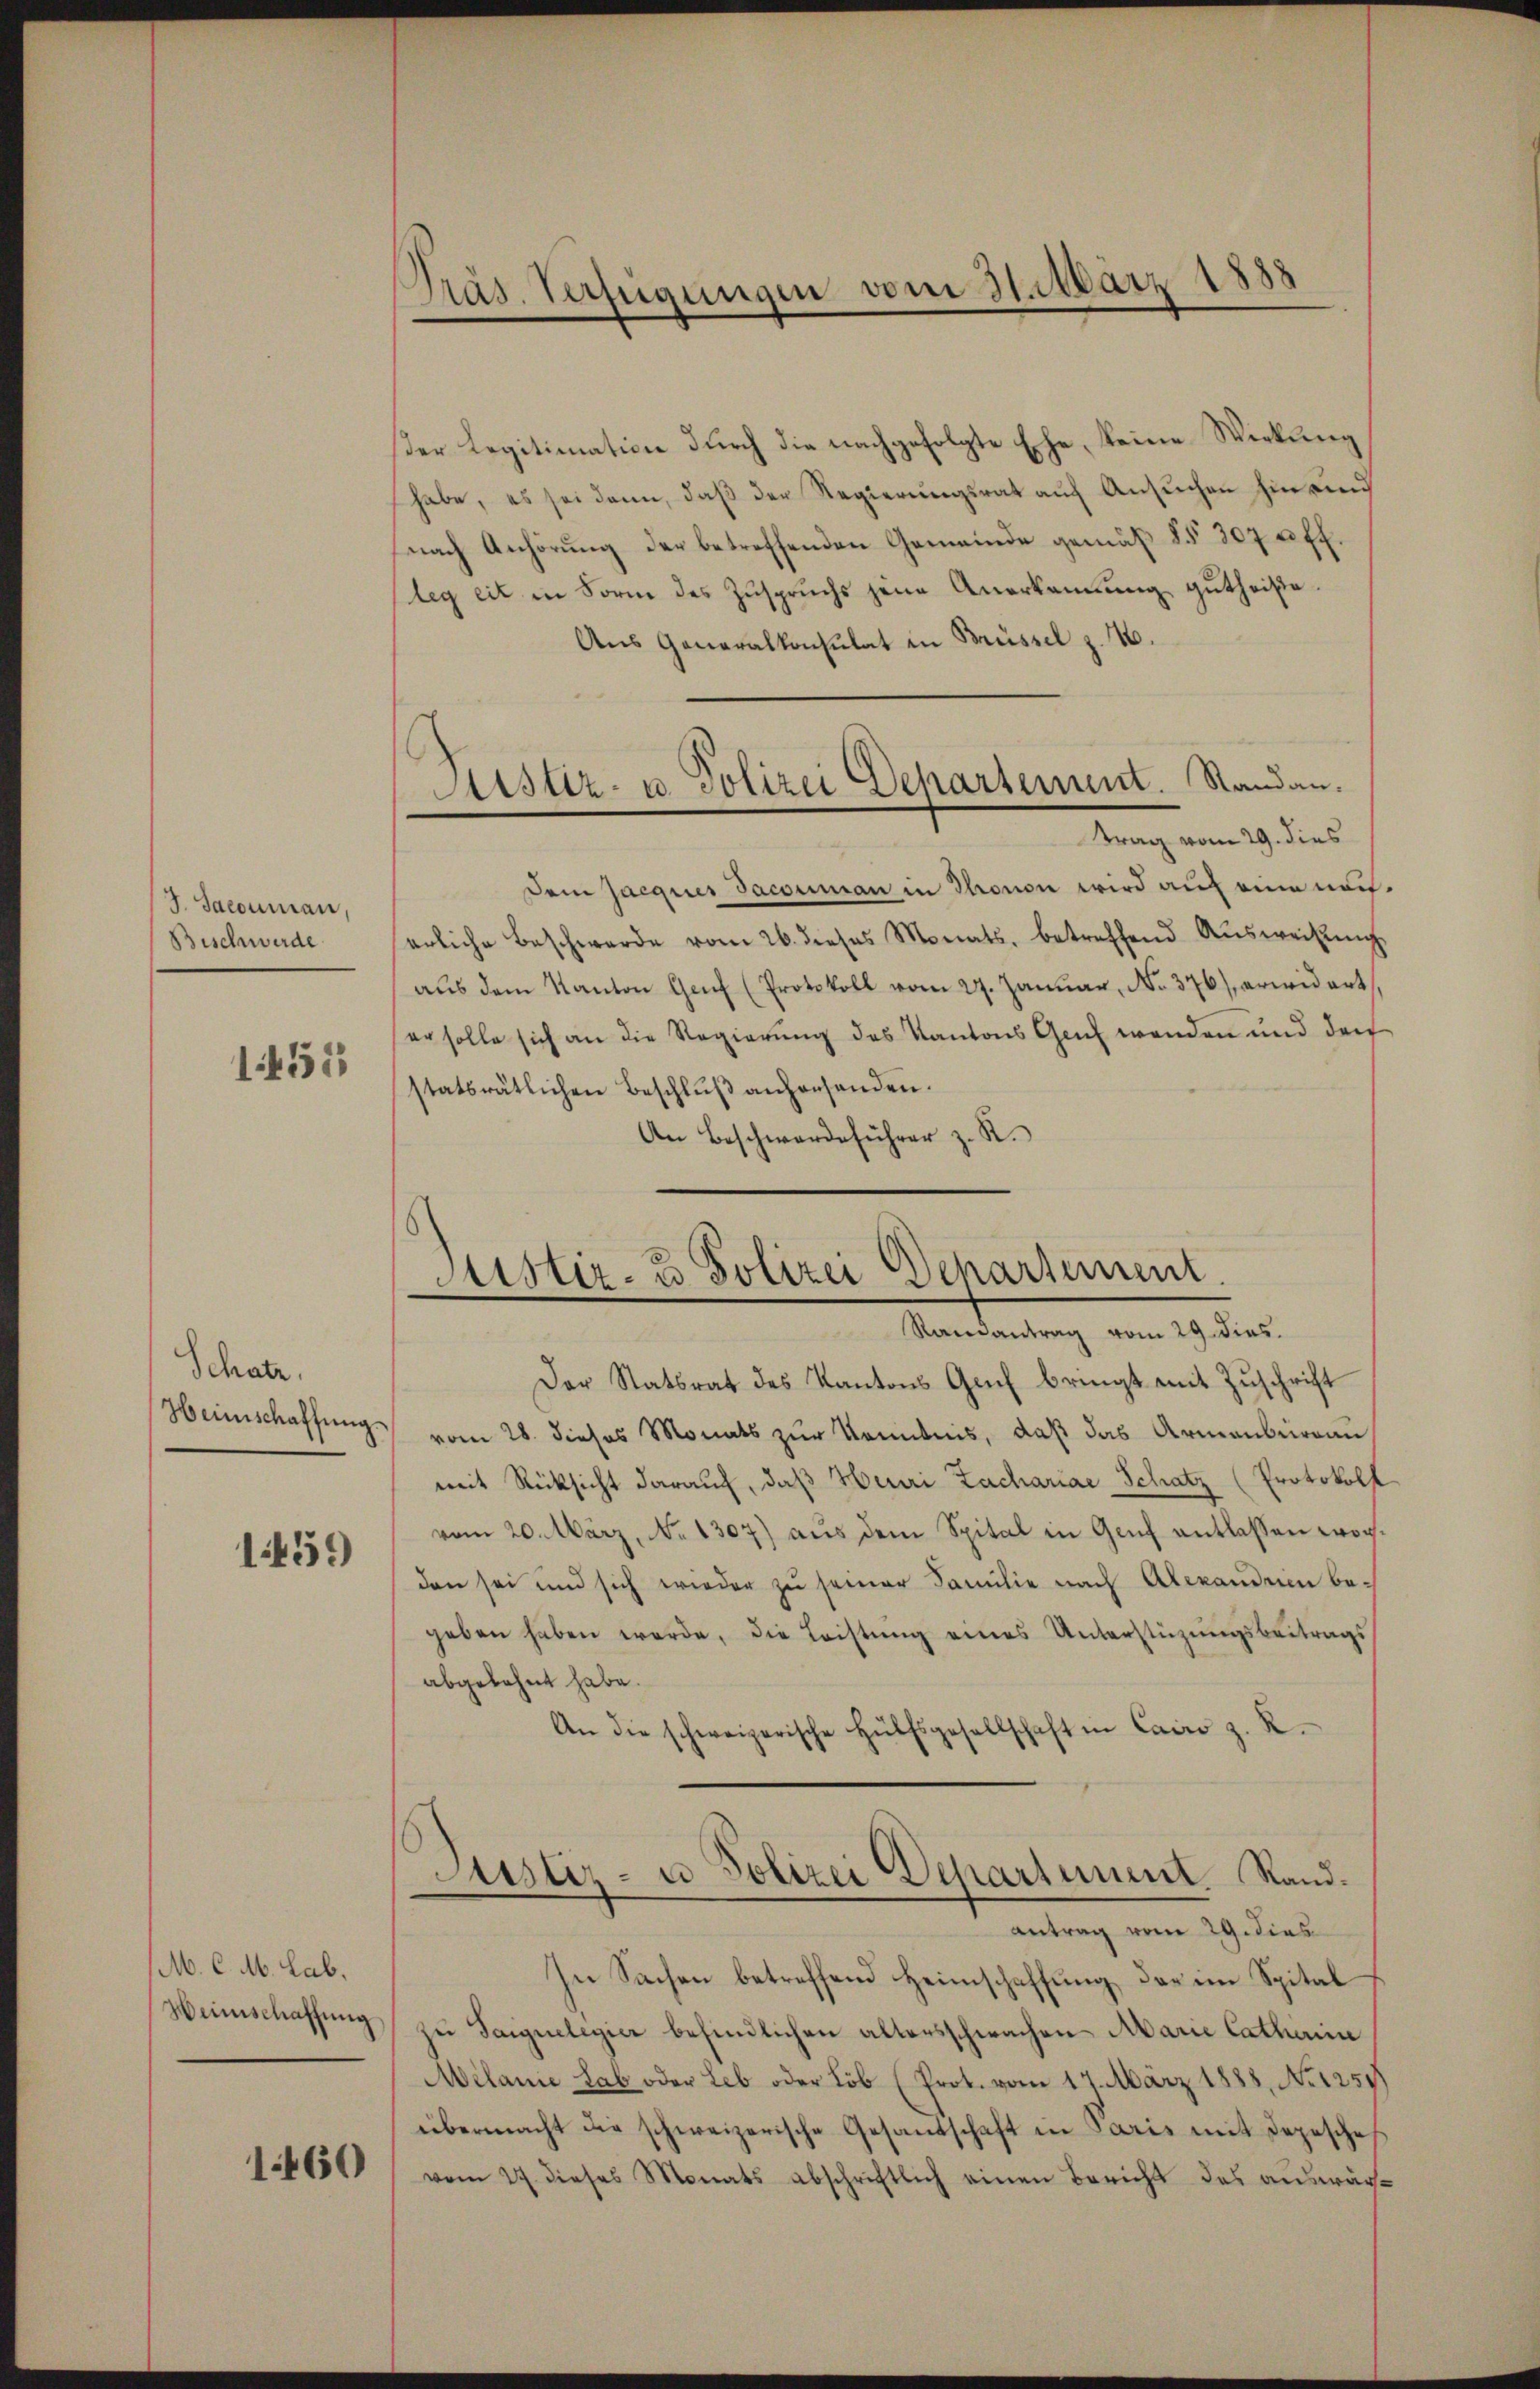
G. Sacouman,
Beschwerde

1455

Schatz.
Heimschaffung.

1459

M. C. M. Lab.
Weinschaffung

1460

Präs. Verfügungen vom 31. März 1888
e

er Legitimation durch die nachgefolgte Ehe, keine Wirkung
habe, es sei dann, daβ der Regierŭngsrat aŭf Ansŭchen hin sind
(nach Anhörung der betreffenden Gemeinde gemäß §§ 307 u. ff.
leg eit in Form des Zuspruchs jene Anerkennung gutheiße.
Aus Generalkonsulat in Brüssel z. 16.
Dem Jacques Jacouman in Thronon wird auf eine nächerliche Beschwerde vom 26. dieses Monats, betreffend Aŭsweisŭng.
aŭs dem Kanton Genf (Protokoll vom 27. Januar, No. 376) erwidert
er solle sich an die Regierung des Kantons Genf wenden und der
statsrätlichen Beschlŭβ anhersenden.
An Beschwerdeführer z. R.

Justiz- u. Polizei Departement. Standau.
trag vom 29. dies

Justiz- & Polizei Departement.
Ramantrag vom 29. dies

Der Statsrat des Kantons Glich bringt mit Zuschrift
vom 28. dieses Monats zur Kenntnis, daß das Armenbüreau
mit Rücksicht darauf, daß Heuri Zachariae Schatz (Protokoll
vom 20. März, No 1307) aus dem Spital in Genf entlassen worden sei und sich wieder zu seiner Familie nach Alexandrien be-
geben haben werde, die Leistung eines Unterstüzungsbeitrags
abgelehnt habe.
An die schweizerische Hülfsgesellschaft in Cairo z. R.
Astiz- u Polizei Departement Rand¬
Antrag vom 29. dies
In Sachen betreffend Heimschaffung der im Spital
zu Sarguelegier befindlichen altersschwachen Marie Cathema
Milanie Lab oder Leb oder Lob (Prot. vom 17. März 1888, No 1259.
übermacht die schweizerische Gesandschaft in Paris mit Depescheh
vom 27. dieses Monats abschriftlich einen Bericht des auswär¬